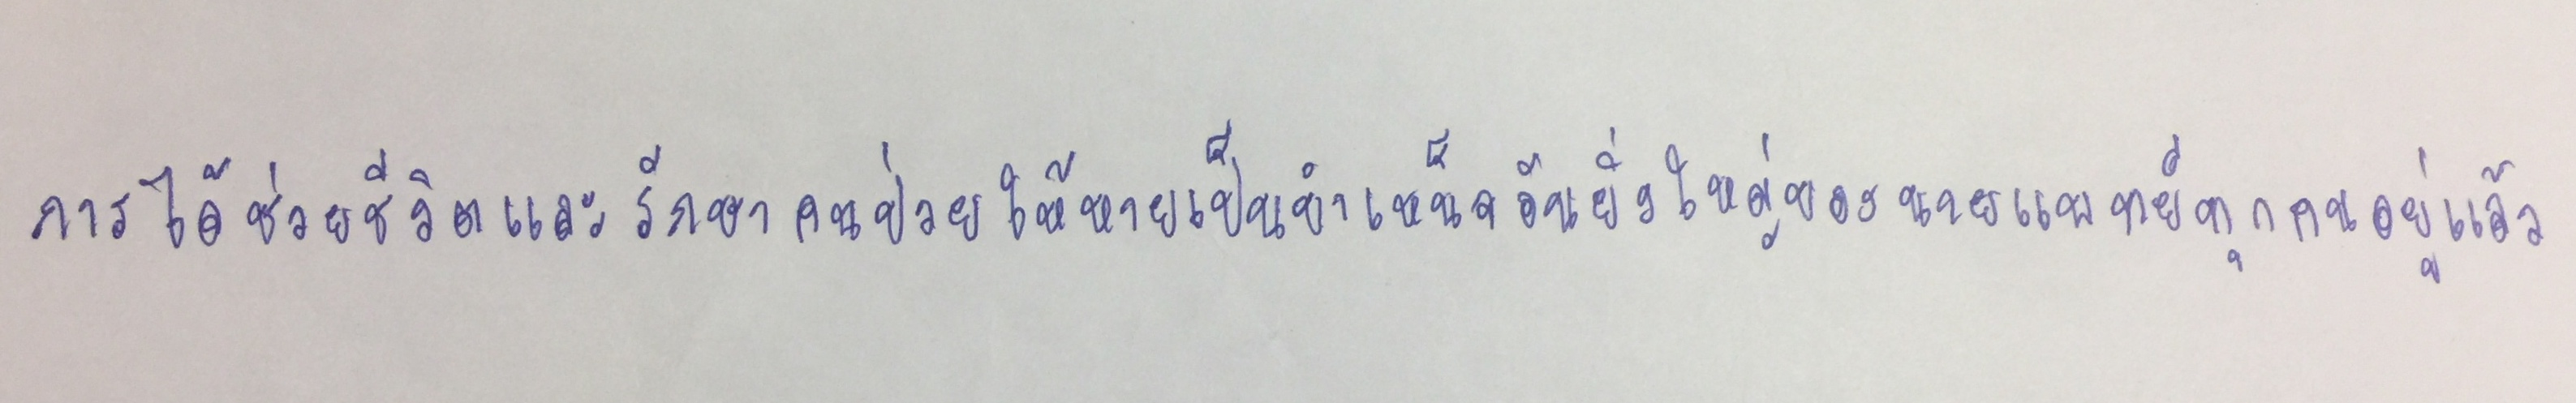
การได้ช่วยชีวิตและรักษาคนป่วยให้หายเป็นบำเหน็จอันยิ่งใหญ่ของนายแพทย์ทุกคนอยู่แล้ว